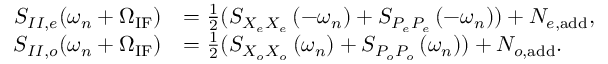
\begin{array} { r l } { S _ { I I , e } ( \omega _ { n } + \Omega _ { \mathrm { I F } } ) } & { = \frac { 1 } { 2 } ( S _ { X _ { e } X _ { e } } \left( - \omega _ { n } \right) + S _ { { P _ { e } P _ { e } } } \left( - \omega _ { n } \right) ) + N _ { e , \mathrm { a d d } } , } \\ { S _ { I I , o } ( \omega _ { n } + \Omega _ { \mathrm { I F } } ) } & { = \frac { 1 } { 2 } ( S _ { X _ { o } X _ { o } } \left( \omega _ { n } \right) + S _ { { P _ { o } P _ { o } } } \left( \omega _ { n } \right) ) + N _ { o , \mathrm { a d d } } . } \end{array}